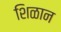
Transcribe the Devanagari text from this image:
शिळान